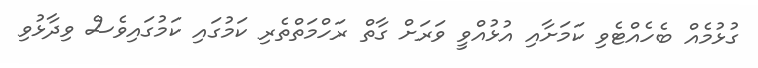
ގުޅުމެއް ބެހެއްޓެވި ކަމަށާއި އުޅުއްވީ ވަރަށް ގާތް ރަހްމަތްތެރި ކަމުގައި ކަމުގައިވެސް ވިދާޅުވި